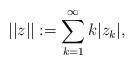
LaTeX: \begin{align*}||z||:=\sum_{k=1}^{\infty} k|z_k|,\end{align*}